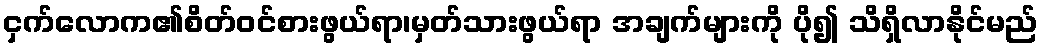
ငှက်လောက၏စိတ်ဝင်စားဖွယ်ရာ၊မှတ်သားဖွယ်ရာ အချက်များကို ပို၍ သိရှိလာနိုင်မည်